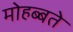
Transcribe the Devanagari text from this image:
मोहब्बते